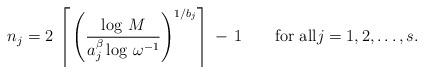
LaTeX: \begin{align*}n_j=2\,\left\lceil\,\left(\frac{\log\,M}{a_j^{\beta}\log\,\omega^{-1}}\right)^{1/b_j}\right\rceil\,-\,1\qquad\textnormal{for all}j=1,2,\dots,s.\end{align*}